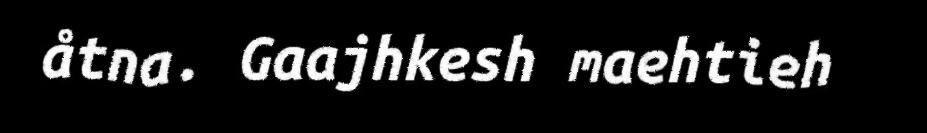
åtna. Gaajhkesh maehtieh